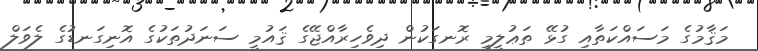
މަޤާމުގެ މަސައްކަތާއި ގުޅޭ ތަޢުލީމީ ރޮނގަކުން ދިވެހިރާއްޖޭގެ ޤައުމީ ސަނަދުތަކުގެ އޮނިގަނޑުގެ ލެވަލް